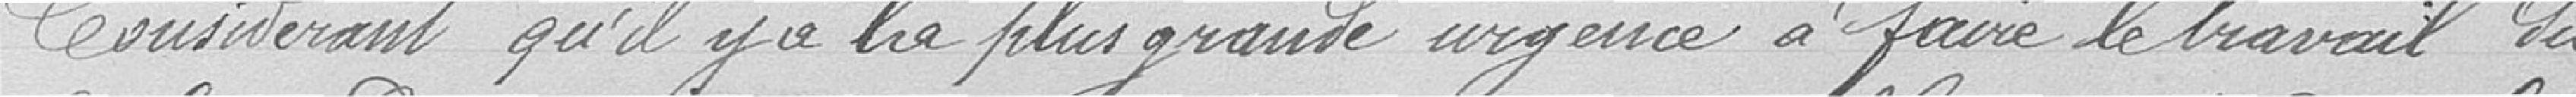
Considérant qu'il y a la plus grande urgence à faire le travail du